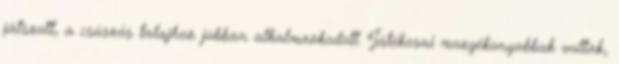
játszott, a csúszós talajhoz jobban alkalmazkodott. Játékosai mozgékonyabbak voltak,